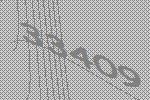
33409